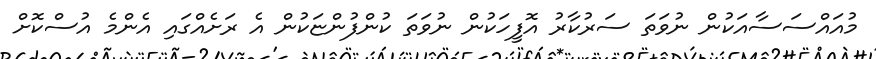
މުއައްސަސާއަކުން ނުވަތަ ސަރުކާރު އޮފީހަކުން ނުވަތަ ކުންފުންޏަކުން އެ ރަށެއްގައި އެންމެ އުސްކޮށް